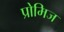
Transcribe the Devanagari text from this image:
प्रोमिज